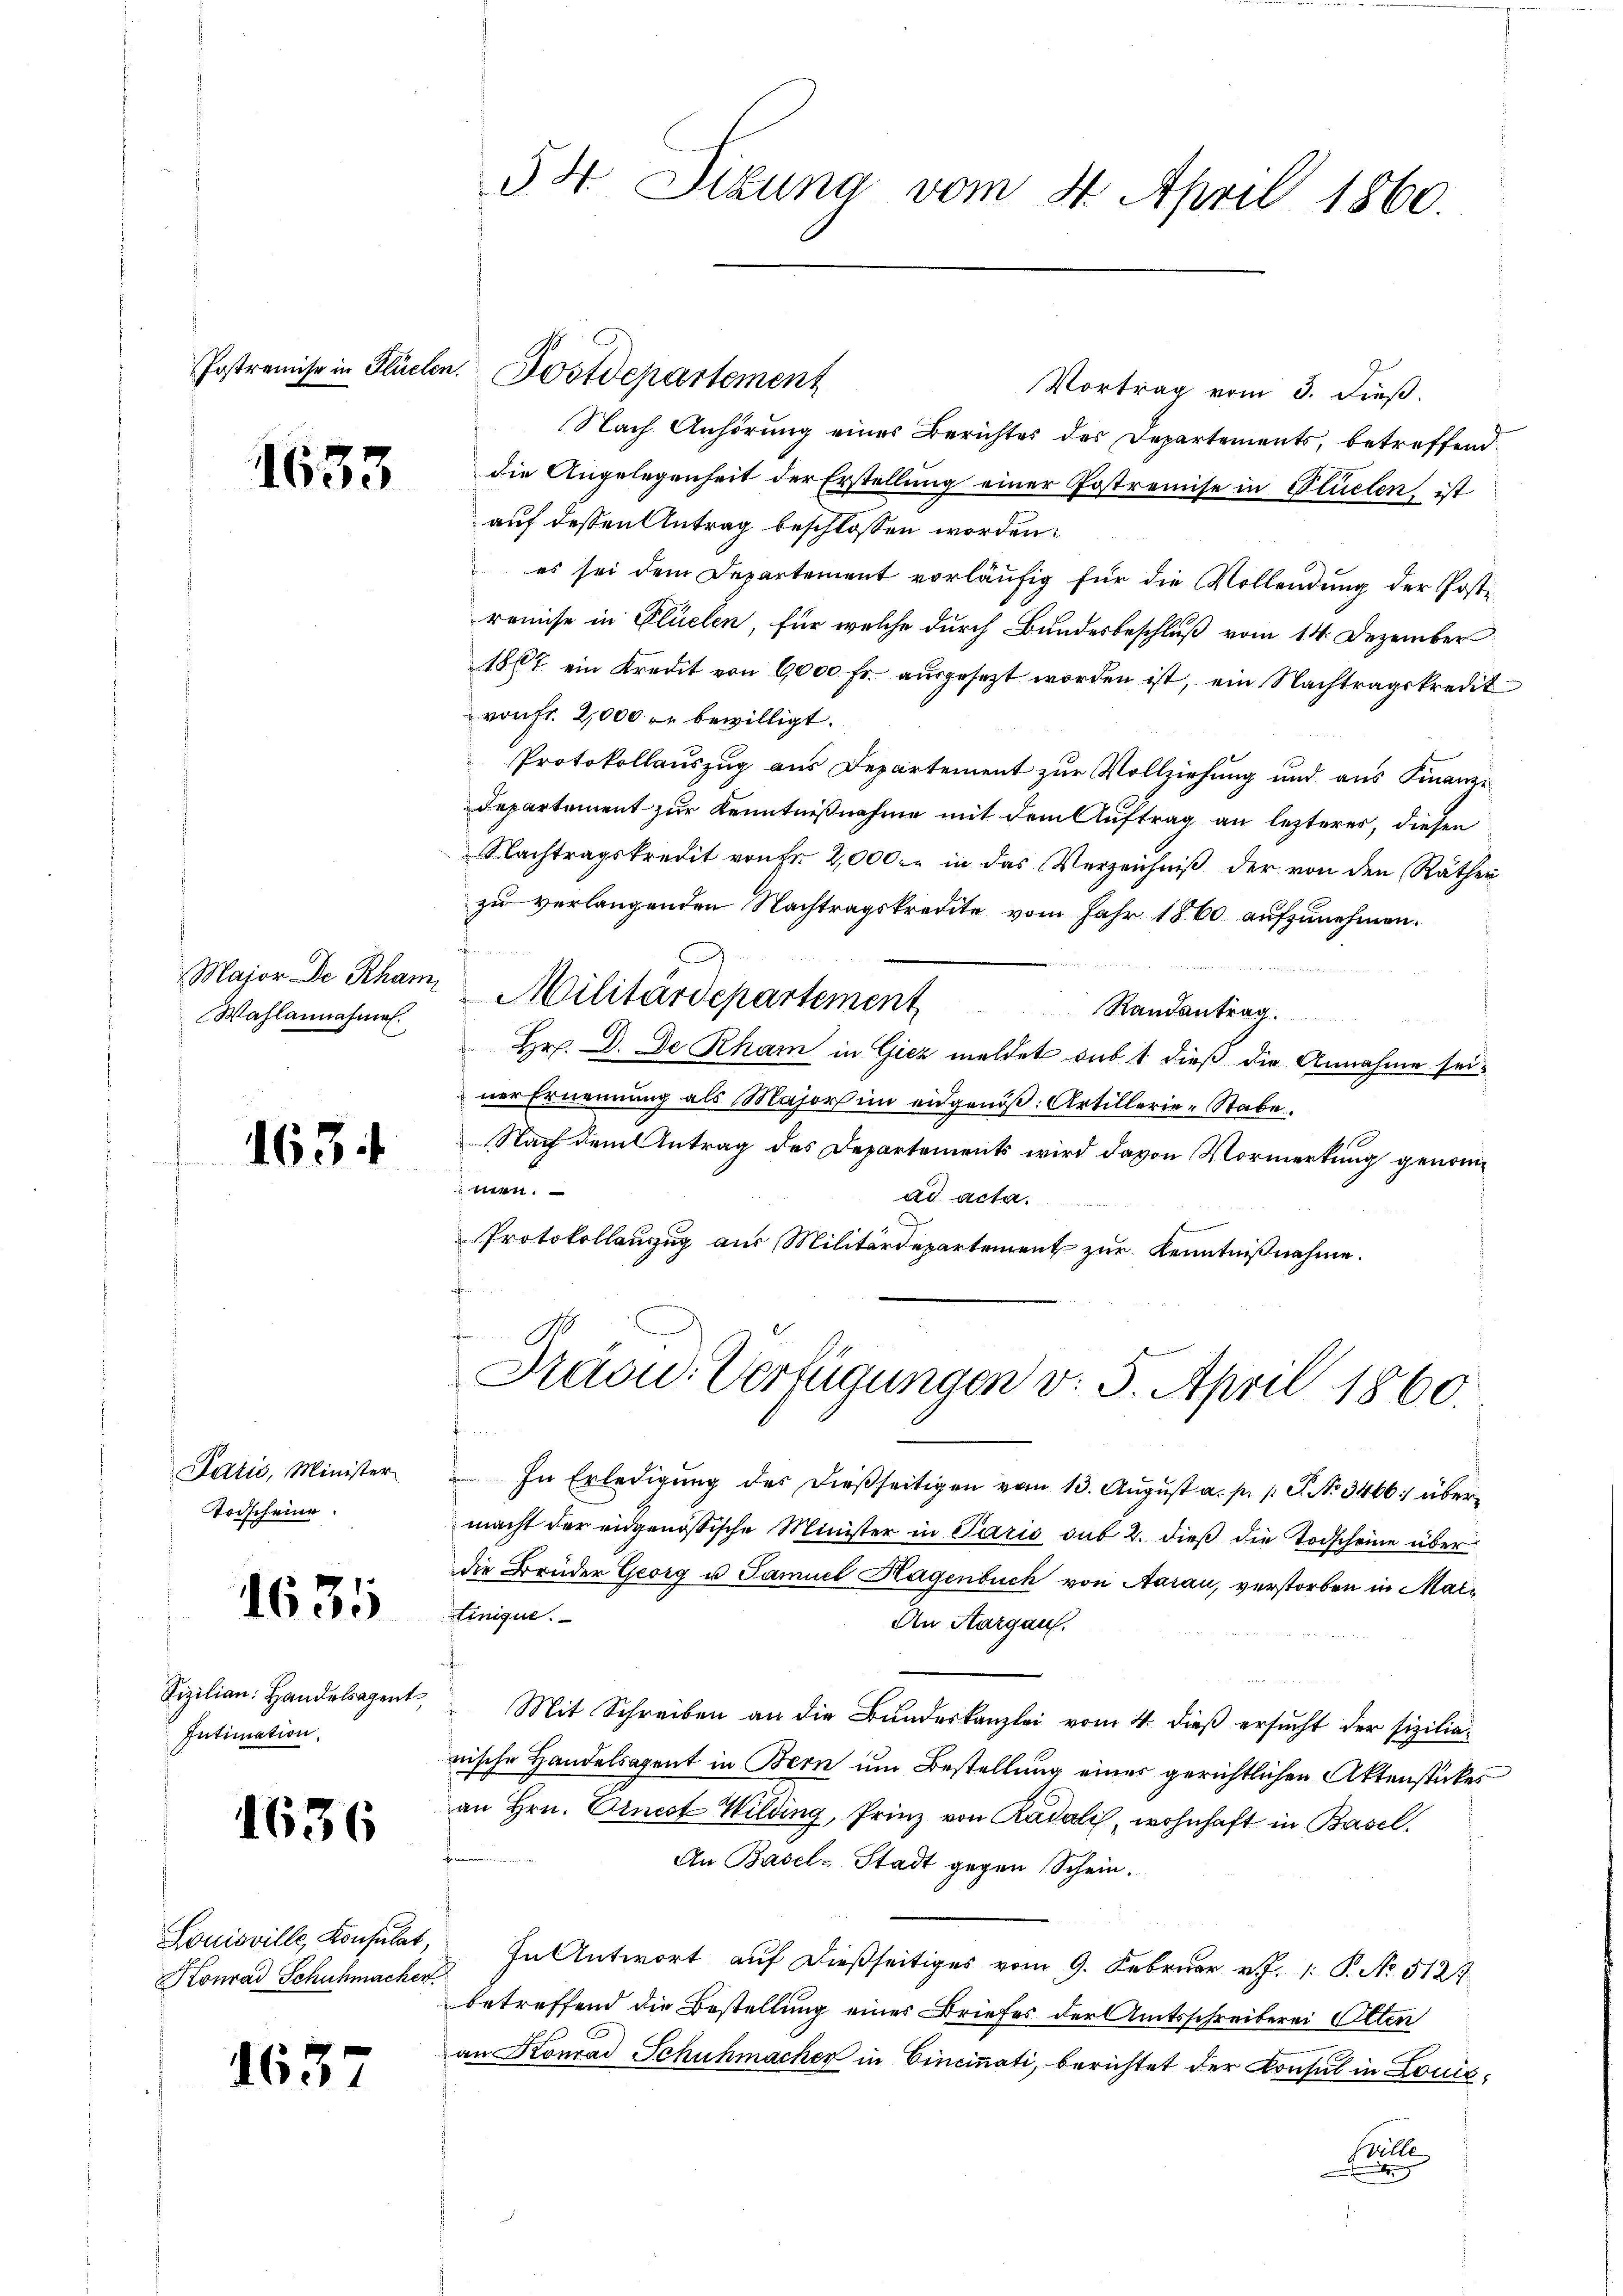
Maior De Rham
Wahlannahmen.

1633

1634

Paris, Minister
Todscheine

1635

Fizilian Handelsagent,
Intimation.

1636

Louisville, Konsulat
Konrad Schuhmacher

1637

54. Dizuna vom 4. April 1860.

Vortrag vom 3. dieß.
Nach Anhörung eines Berichtes des Departements, betreffend
die Angelegenheit der Erstellung einer Postremise in Flüelen ist
auf dessen Antrag beschlossen worden:
es sei dem Departement vorläufig für die Vollendung der Postrauise in Plüelen, für welche durch Bundesbeschluß vom 14. Dezember
1867 ein Kredit von 6000 fr. ausgesezt worden ist, ein Nachtragskredit
von fr. 2,000 r. bewilligt.
Protokollauszug aus Departement zur Vollziehung und aus Finanz¬
Departement zur Kenntnißnahme mit dem Auftrag an lezteres, diesen
Nachtragskredit von Fr. 2,000.- in das Verzeichniß der von den Räthen
zu verlangenden Nachtragskredite vom Jahr 1860 aufzunehmen.
2fr.
Militärdepartement
Randantrag
Hr. D. De Rham in Giez meldet sub 1 dieß die Annahme seiner Ernennung als Majors im eidgenöß: Artillerie-Stabe
Nach dem Antrag des Departements wird davon Vormerkung genommen.
ad acta.
Protokollauszug aus Militärdepartement zur Kenntnißnahme.
.
Kaou-Verfügungen v. 5. April 1860
" In Erledigŭng des dießseitigen vom 13. Aŭgŭst a. p. 1. P. Nr. 3466. übermacht der angenössische Minister in Paris sub 2. dieß die Todscheine über
die Brüder Georg u Samuel Hagenbuch von Aarau, verstorben in Martinique.
An Hargau.
Mit Schreiben an die Bundeskanzlei vom 4. dieß ersucht der siziliarische Handelsagent in Bern um Bestellung eines gerichtlichen Aktenstückes
an Hrn. Ernest Wilding, Prinz von Radalis, wohnhaft in Basel,
An Basel-Stadt gegen Schein.
In Antwort auf dießseitiges vom 9. Februar v. J. P. No 512
betreffend die Bestellung eines Briefes der Amtsschreiberei Olten
an Konrad Schuhmacher in Cincinati, berichtet der Konsul in Louis¬
E

Postremise in Flüchen. Postdepartement